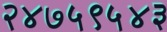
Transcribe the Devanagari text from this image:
२४७५९५४३